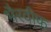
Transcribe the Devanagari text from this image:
भैरवीफ़